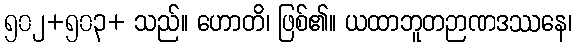
၅၀၂+၅၀၃+ သည်။ ဟောတိ၊ ဖြစ်၏။ ယထာဘူတဉာဏဒဿနေ၊